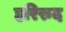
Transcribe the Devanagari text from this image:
हरिरुद